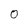
Character: 0